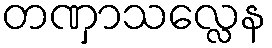
တဏှာသလ္လေန